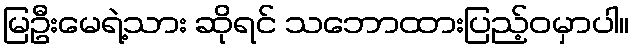
မြဦးမေရဲ့သား ဆိုရင် သဘောထားပြည့်ဝမှာပါ။